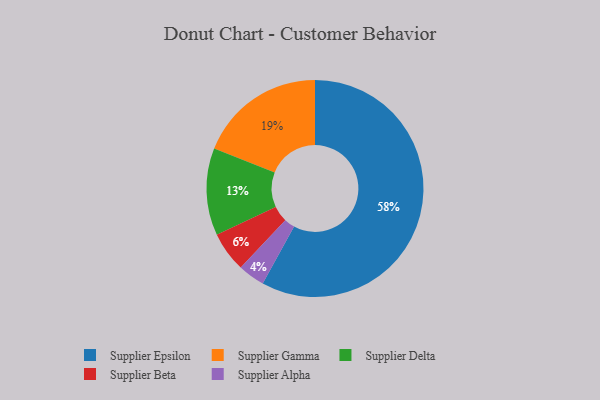
{"axis": {"x": "Category", "y": "Percentage"}, "legend": ["Supplier Alpha", "Supplier Beta", "Supplier Delta", "Supplier Epsilon", "Supplier Gamma"], "data": [{"x": "Supplier Alpha", "y": 4, "type": "Supplier Alpha"}, {"x": "Supplier Delta", "y": 13, "type": "Supplier Delta"}, {"x": "Supplier Gamma", "y": 19, "type": "Supplier Gamma"}, {"x": "Supplier Epsilon", "y": 58, "type": "Supplier Epsilon"}, {"x": "Supplier Beta", "y": 6, "type": "Supplier Beta"}]}